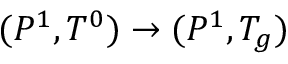
( P ^ { 1 } , T ^ { 0 } ) \rightarrow ( P ^ { 1 } , T _ { g } )